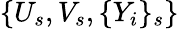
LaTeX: \{ U_{s},V_{s},\{ Y_{i}\} _{s}\}